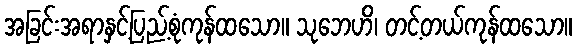
အခြင်းအရာနှင့်ပြည့်စုံကုန်ထသော။ သုဘေဟိ၊ တင့်တယ်ကုန်ထသော။